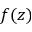
f ( z )